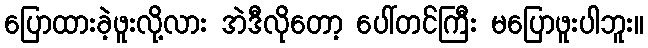
ပြောထားခဲ့ဖူးလို့လား အဲဒီလိုတော့ ပေါ်တင်ကြီး မပြောဖူးပါဘူး။